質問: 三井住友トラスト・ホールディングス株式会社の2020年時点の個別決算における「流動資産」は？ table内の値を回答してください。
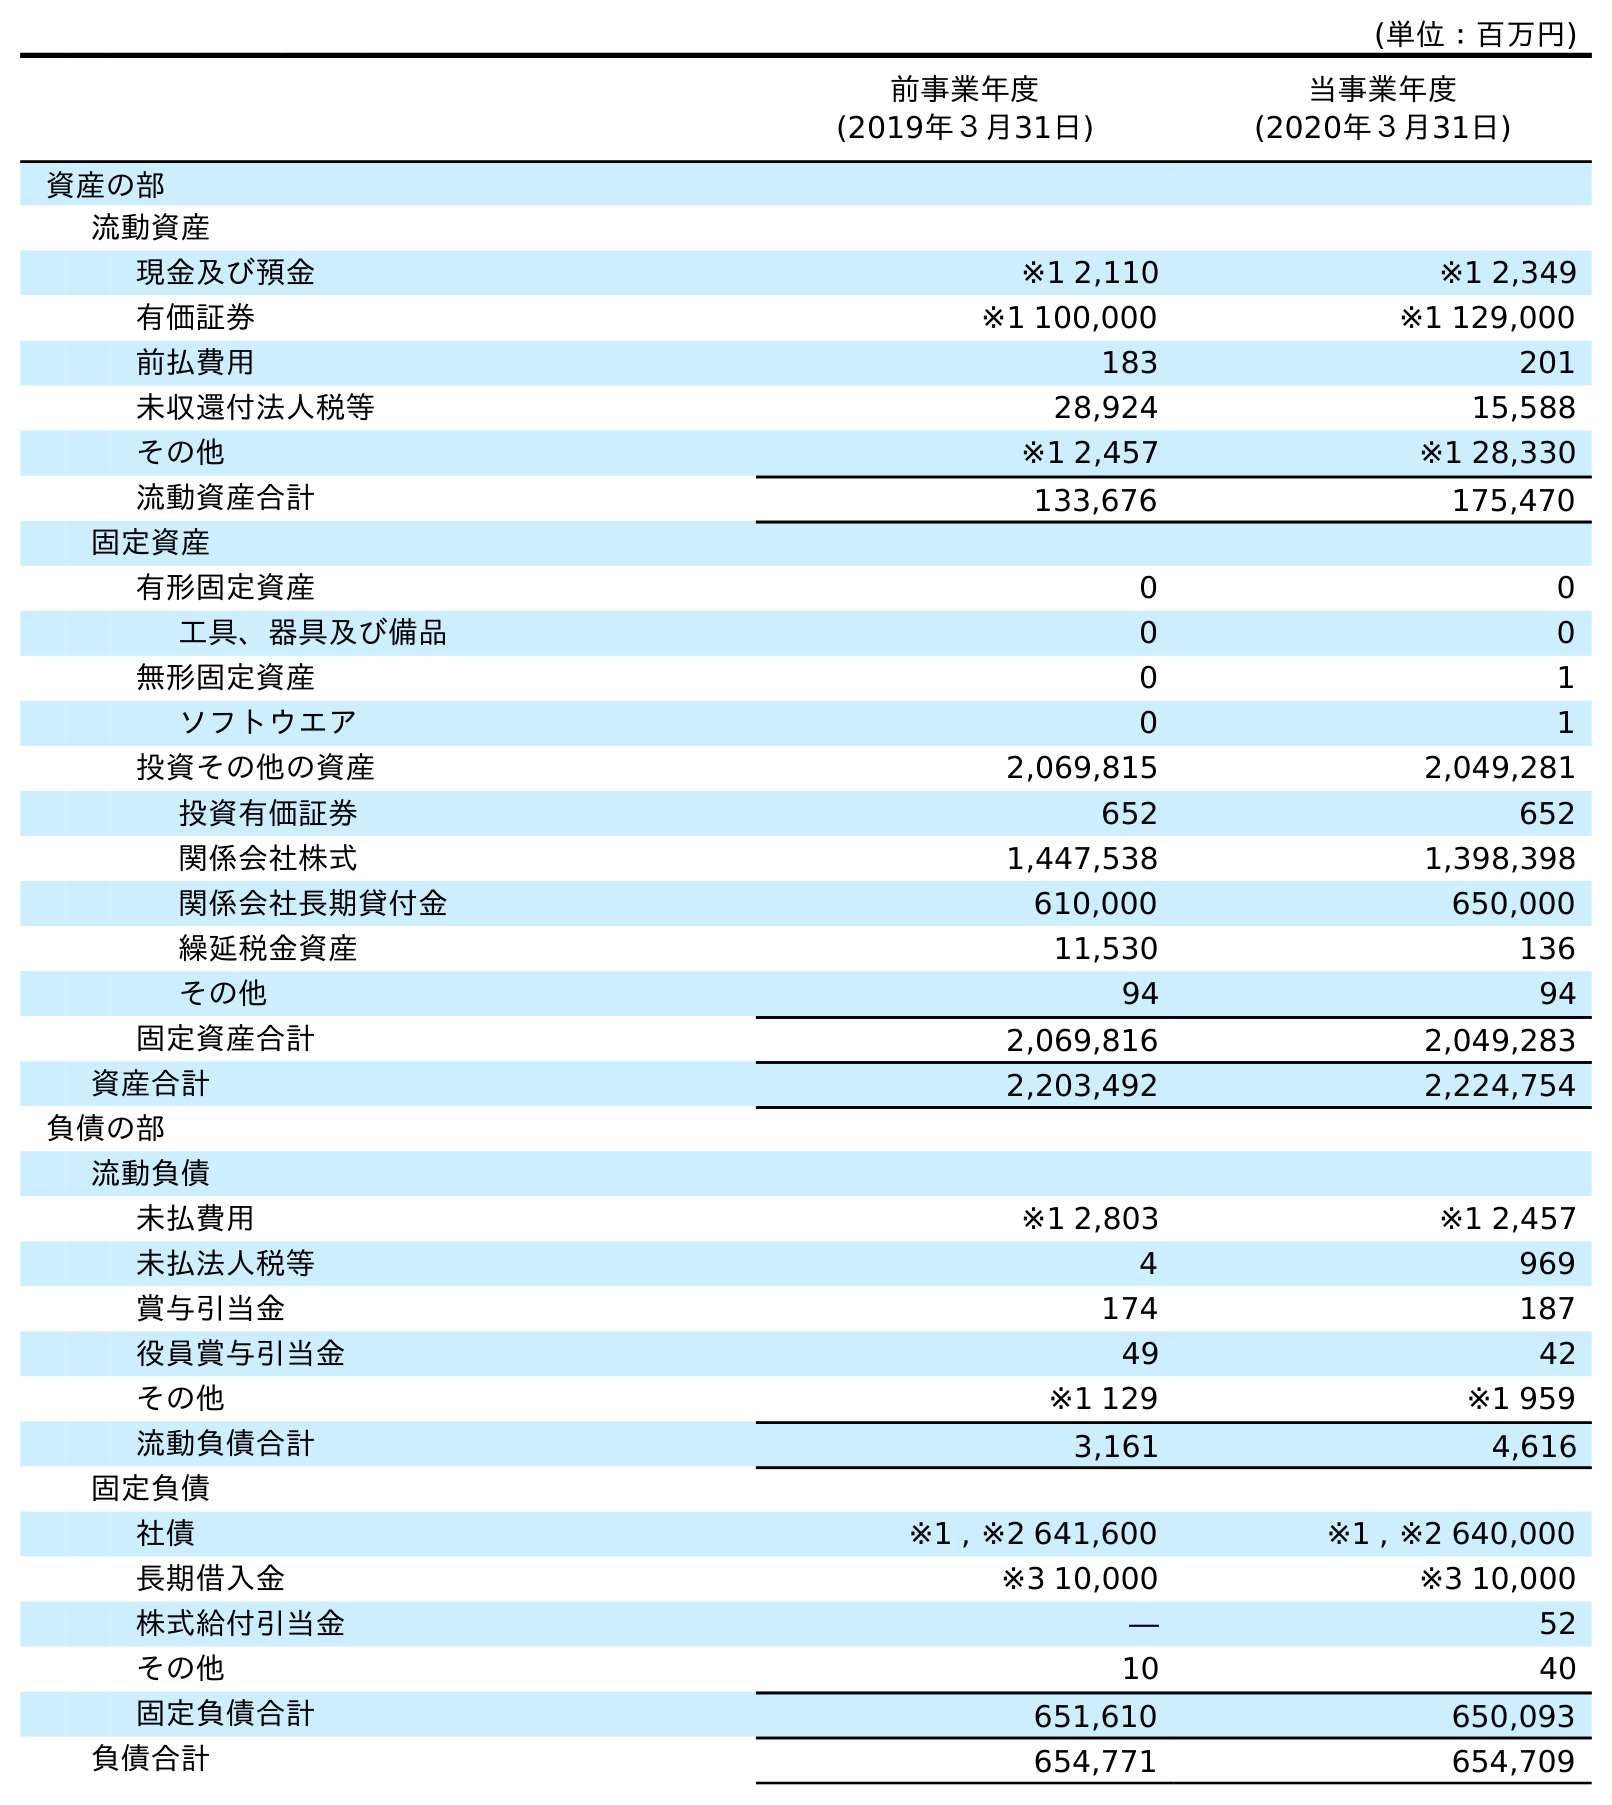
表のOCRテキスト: (単位：百万円) 前事業年度 (2019年３月31日) 当事業年度 (2020年３月31日) 資産の部 流動資産 現金及び預金 ※1 2,110 ※1 2,349 有価証券 ※1 100,000 ※1 129,000 前払費用 183 201 未収還付法人税等 28,924 15,588 その他 ※1 2,457 ※1 28,330 流動資産合計 133,676 175,470 固定資産 有形固定資産 0 0 工具、器具及び備品 0 0 無形固定資産 0 1 ソフトウエア 0 1 投資その他の資産 2,069,815 2,049,281 投資有価証券 652 652 関係会社株式 1,447,538 1,398,398 関係会社長期貸付金 610,000 650,000 繰延税金資産 11,530 136 その他 94 94 固定資産合計 2,069,816 2,049,283 資産合計 2,203,492 2,224,754 負債の部 流動負債 未払費用 ※1 2,803 ※1 2,457 未払法人税等 4 969 賞与引当金 174 187 役員賞与引当金 49 42 その他 ※1 129 ※1 959 流動負債合計 3,161 4,616 固定負債 社債 ※1 , ※2 641,600 ※1 , ※2 640,000 長期借入金 ※3 10,000 ※3 10,000 株式給付引当金 ― 52 その他 10 40 固定負債合計 651,610 650,093 負債合計 654,771 654,709
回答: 175,470